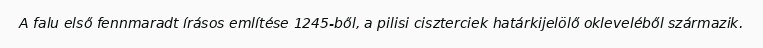
A falu első fennmaradt írásos említése 1245-ből, a pilisi ciszterciek határkijelölő okleveléből származik.